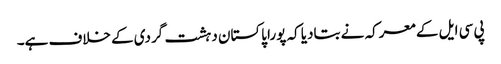
پی سی ایل کے معرکہ نے بتادیا کہ پورا پاکستان دہشت گردی کے خلاف ہے۔